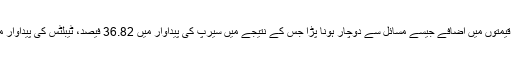
فارماسیوٹیکل سیکٹر درآمدات پر مبنی ہے اور روپے کی قدر میں کمی کی وجہ سے اس شعبے کو بھی قیمتوں میں اضافے جیسے مسائل سے دوچار ہونا پڑا جس کے نتیجے میں سیرپ کی پیداوار میں 36.82 فیصد، ٹیبلٹس کی پیداوار میں 4.95 فیصد، کیپسولز کی پیداوار میں 2.9 فیصد اور انجیکشنز کی پیداوار میں 7.49 فیصد کمی آئی۔